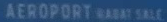
"AEROPORT